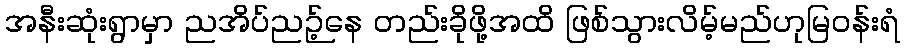
အနီးဆုံးရွာမှာ ညအိပ်ညဉ့်နေ တည်းခိုဖို့အထိ ဖြစ်သွားလိမ့်မည်ဟုမြဝန်းရံ